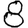
Digit: 8